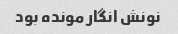
نونش انگار مونده بود